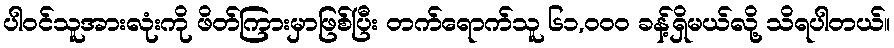
ပါဝင်သူအားလုံးကို ဖိတ်ကြားမှာဖြစ်ပြီး တက်ရောက်သူ ၆၁,၀၀၀ ခန့်ရှိမယ်လို့ သိရပါတယ်။